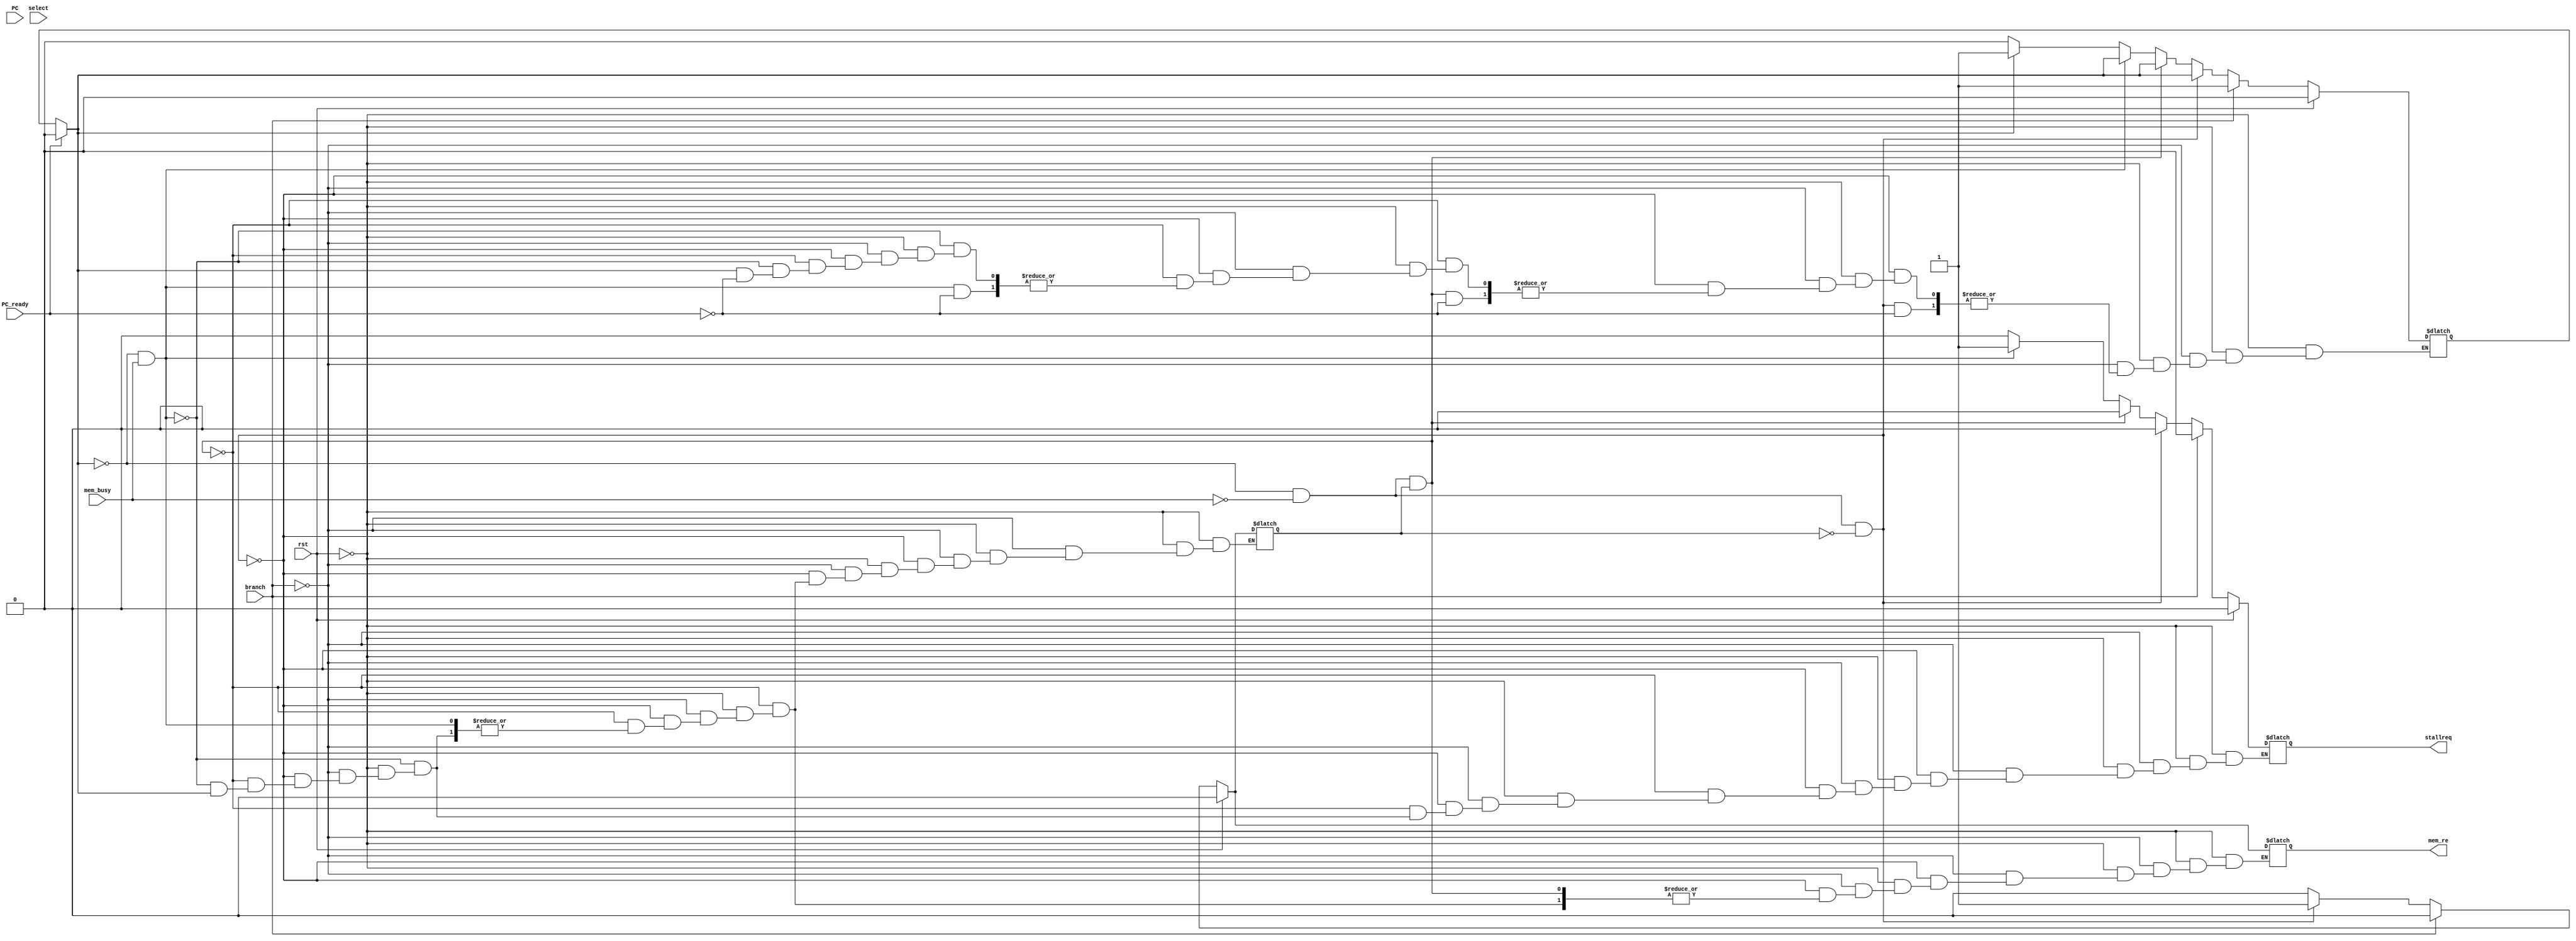
`timescale 1ns / 1ps

module Stage_IF#(parameter XLEN = 32)
                (
                 input [XLEN-1:0]PC,
                 input PC_ready,
                 branch,
                 input rst,
                 select,
                //  clk,
                 input wire mem_busy,
                 output reg mem_re,
                //  output [XLEN-1:0]Instr,
                 output reg stallreq);
    
    reg using_mem;
    reg waiting;
    // reg mem_re ;
    // wire mem_busy;
    reg br_occur = 0;
    // always@(posedge branch) begin
    // if(branch) begin
    //     br_occur = 1;
    // end 
    // end 
    always @ (*) begin
        if (PC_ready) begin
            waiting = 0;
            br_occur = 0;
            //$display("Right one is here, %h", pc_i);
        end
            if (rst) begin
                $display("STAGE_IF reset!!");
                stallreq  = 0;
                using_mem = 0;
                //PC      = 0;
                mem_re    = 0;
                waiting   = 0;
                end else if (branch) begin
                $display("STAGE_IF branch");
                //PC      = 0;
                using_mem = 0;
                mem_re    = 0;
                stallreq  = 0;
                waiting   = 1;
                end else if (!waiting && !mem_busy && !using_mem) begin
                $display("!mem_busy && !using_mem");
                stallreq  = 0;
                using_mem = 1;
                mem_re    = 1;
                end else if (!waiting && !mem_busy && using_mem) begin
                $display("!mem_busy && using_mem");
                stallreq  = 0;
                using_mem = 0;
                //PC      = pc_i;
                
                end else if (!waiting && mem_busy) begin
                $display("mem_busylast");
                stallreq = 1;
                end else if (!waiting) begin
                $display("hopeless");
                stallreq  = 0;
                using_mem = 0;
                //PC      = 0;
//                Instr     = 0;
                mem_re    = 0;
                waiting   = 0;
            end
    end
    
    // ROM_Module fetch_instr(
    // .clk(clk),
    // .Addr(PC), .Instr(Instr), .mem_busy(mem_busy),
    // .ROM_Enable(mem_re),.ROM_Rst(1'b0)
    // );
    
endmodule